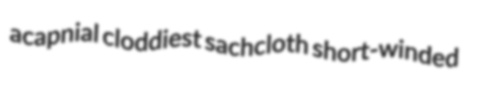
acapnial cloddiest sachcloth short-winded